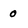
Character: 0